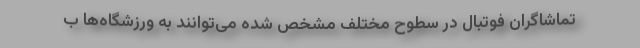
تماشاگران فوتبال در سطوح مختلف مشخص شده می‌توانند به ورزشگاه‌ها ب